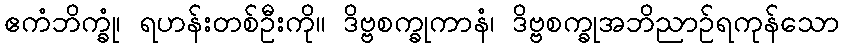
ဧကံဘိက္ခုံ၊ ရဟန်းတစ်ဦးကို။ ဒိဗ္ဗစက္ခုကာနံ၊ ဒိဗ္ဗစက္ခုအဘိညာဉ်ရကုန်သော